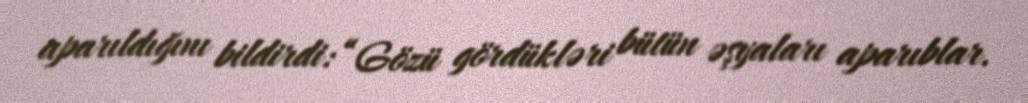
aparıldığını bildirdi: “Gözü gördükləri bütün əşyaları aparıblar.